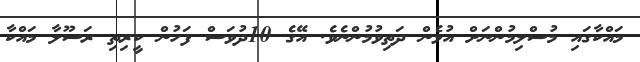
މައްކާގައި މުސްލިމުންނަށް އުޅެން ދަތިވުމުންނެވެ. އޭގެ 10ދުވަސް ފަހުން ކީރިތި ރަސޫލާ މައްކާ